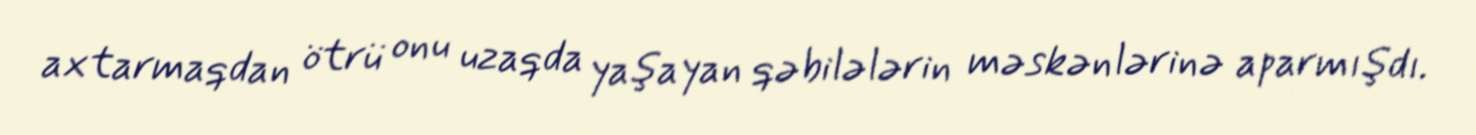
axtarmaqdan ötrü onu uzaqda yaşayan qəbilələrin məskənlərinə aparmışdı.